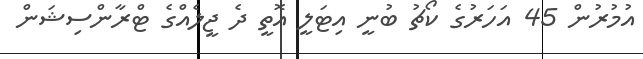
އުމުރުން 45 އަހަރުގެ ކޯޗު ބުނީ އިޓަލީ އޮތީ ދެ ޖީލެއްގެ ޓްރާންސިޝަން